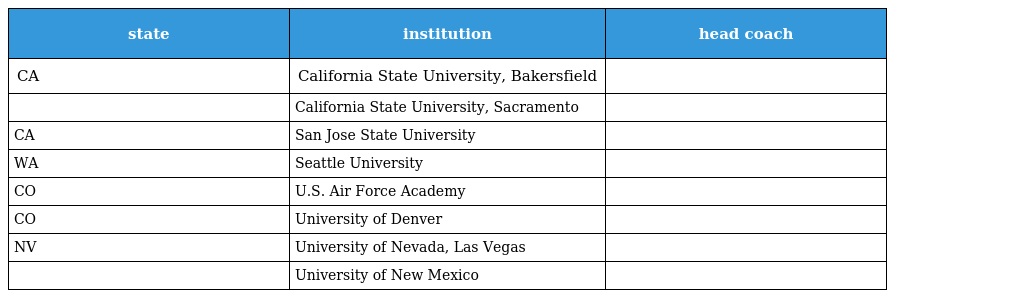
| state | institution | head coach |
 | --- | --- | --- |
 | CA | California State University, Bakersfield |  |
 |  | California State University, Sacramento |  |
 | CA | San Jose State University |  |
 | WA | Seattle University |  |
 | CO | U.S. Air Force Academy |  |
 | CO | University of Denver |  |
 | NV | University of Nevada, Las Vegas |  |
 |  | University of New Mexico |  |